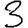
Digit: 3